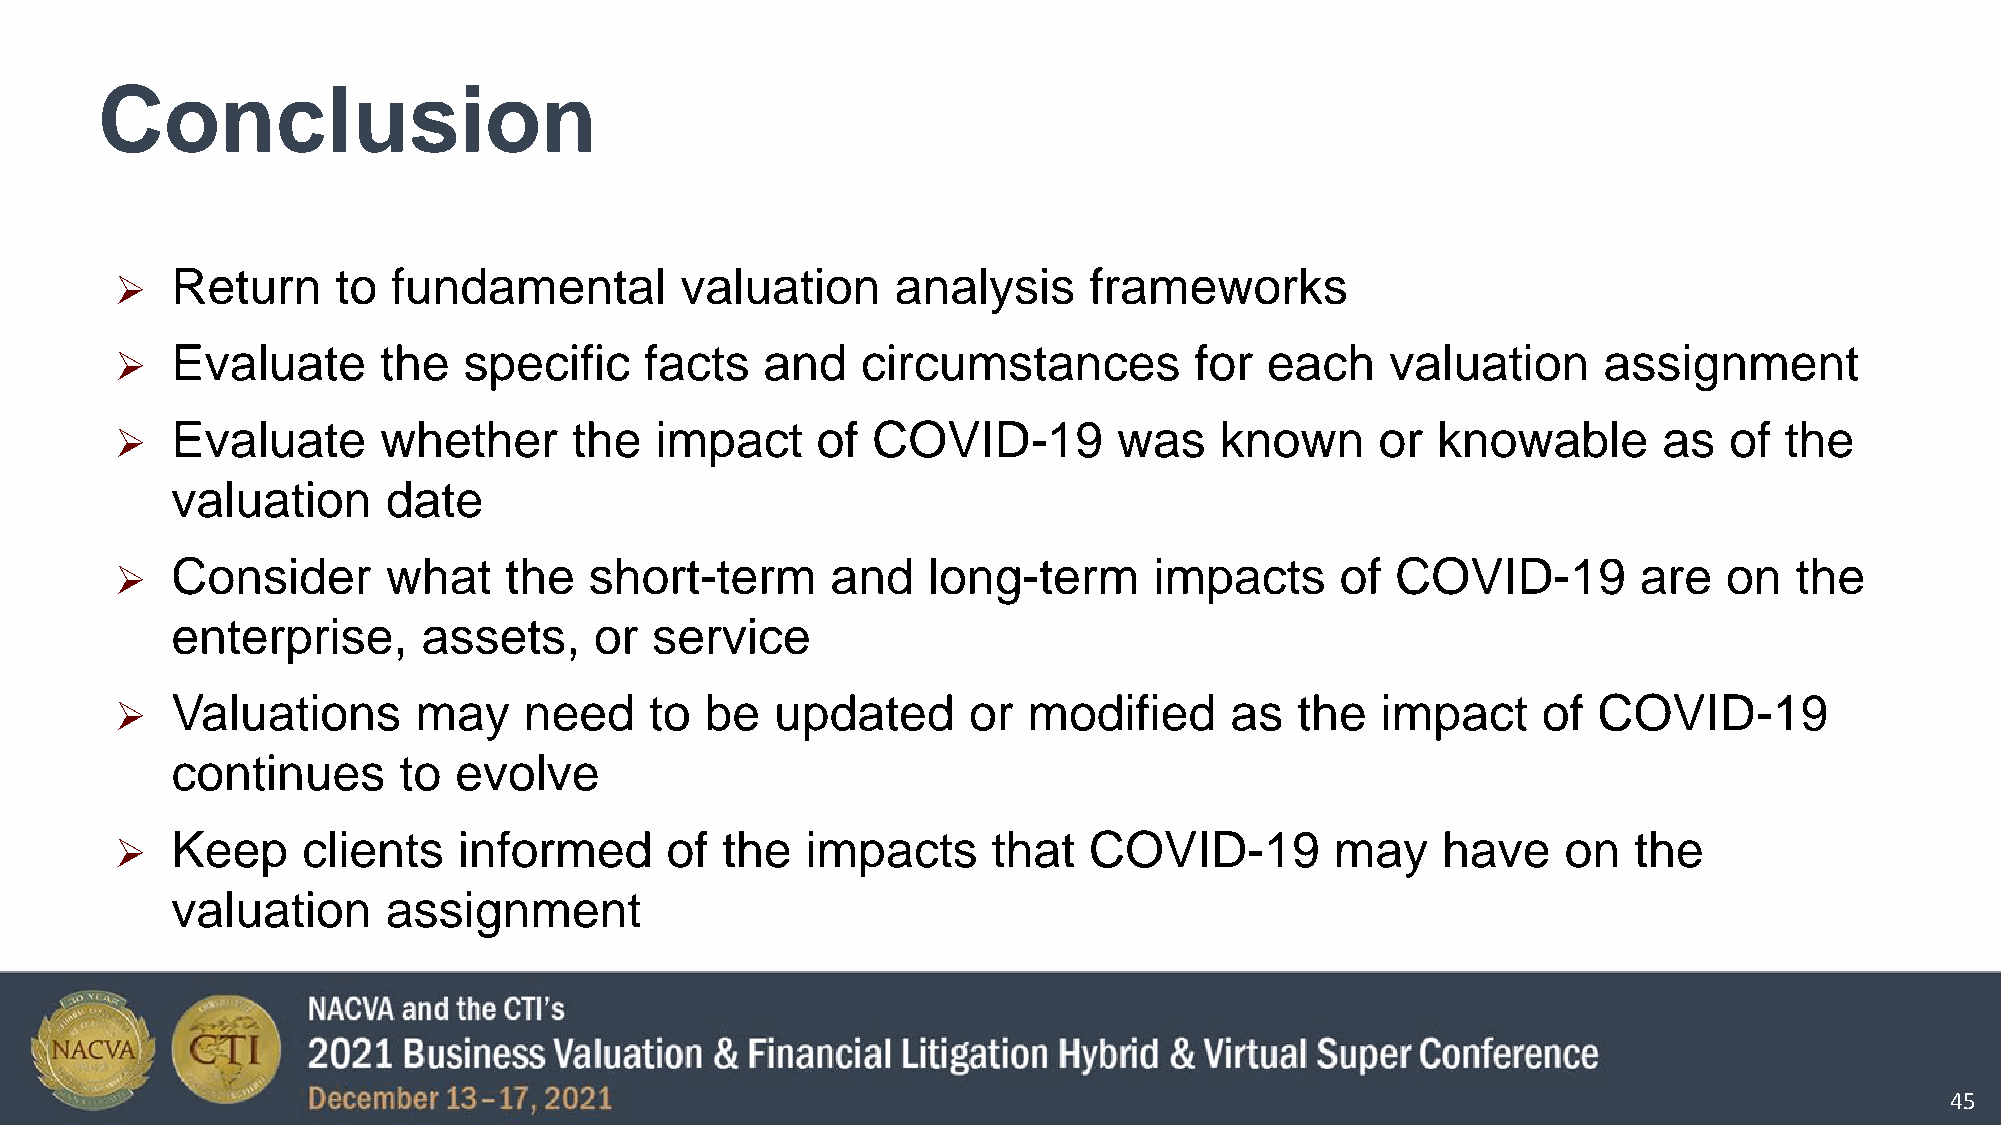
Conclusion
 Return     to  fundamental        valuation     analysis     frameworks
 
 Evaluate      the   specific    facts   and   circumstances         for  each    valuation     assignment
 
 Evaluate      whether      the  impact     of  COVID-19        was    known     or  knowable       as  of  the
 
 valuation      date
 Consider       what   the   short-term      and   long-term      impacts      of COVID-19         are  on   the
 
 enterprise,      assets,    or  service
 Valuations      may     need    to  be  updated      or  modified     as   the  impact     of  COVID-19
 
 continues      to  evolve
 Keep     clients   informed      of  the  impacts      that  COVID-19        may    have     on  the
 
 valuation      assignment
 45